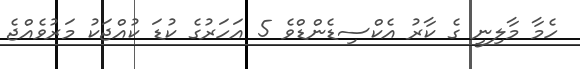
ހެމާ މާލިނީ ގެ ކާރު އެކްސިޑެންޑްވެ 5 އަހަރުގެ ކުޑަ ކުއްޖަކު މަރުވެއްޖެ